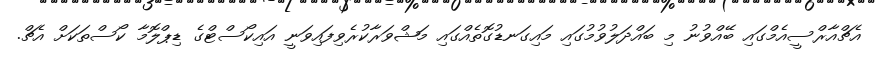
އެޗްއާރްސީއެމްގައި ބޭއްވުނު މި ބައްދަލުވުމުގައި މައިގަނޑުގޮތެއްގައި މަޝްވަރާކުރެވިފައިވަނީ އައިކޯސްޓްގެ ޑިޕްލޮމާ ކޯސްތަކަށް އެޗް.